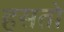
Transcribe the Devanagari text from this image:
हसतो